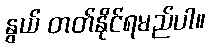
နွယ် တတ်နိုင်ရမည်ပါ။